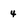
Character: 4